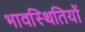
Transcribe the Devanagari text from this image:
भावस्थितियों